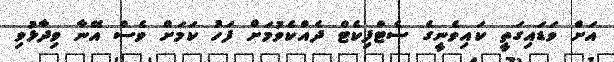
އަށް ވަޑައިގަތީ ކައިވެނީގެ ސެޓްފިކެޓް ދެއްކެވުމަށް ފަހު ކަަމަށް ވެސް އޭނާ ވިދާޅުވި